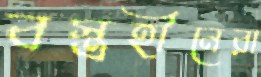
বস্ত্রহীনেরা